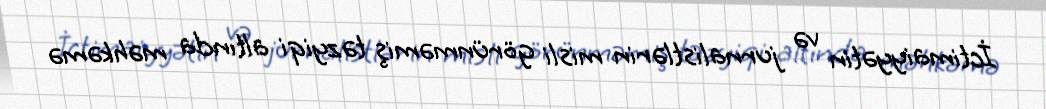
İctimaiyyətin və jurnalistlərin misli görünməmiş təzyiqi altında məhkəmə